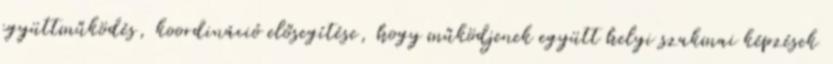
együttműködés, koordináció elősegítése, hogy működjenek együtt helyi szakmai képzések